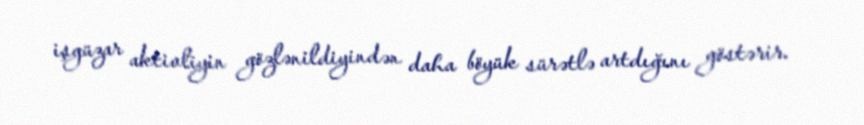
işgüzar aktivliyin gözlənildiyindən daha böyük sürətlə artdığını göstərir.